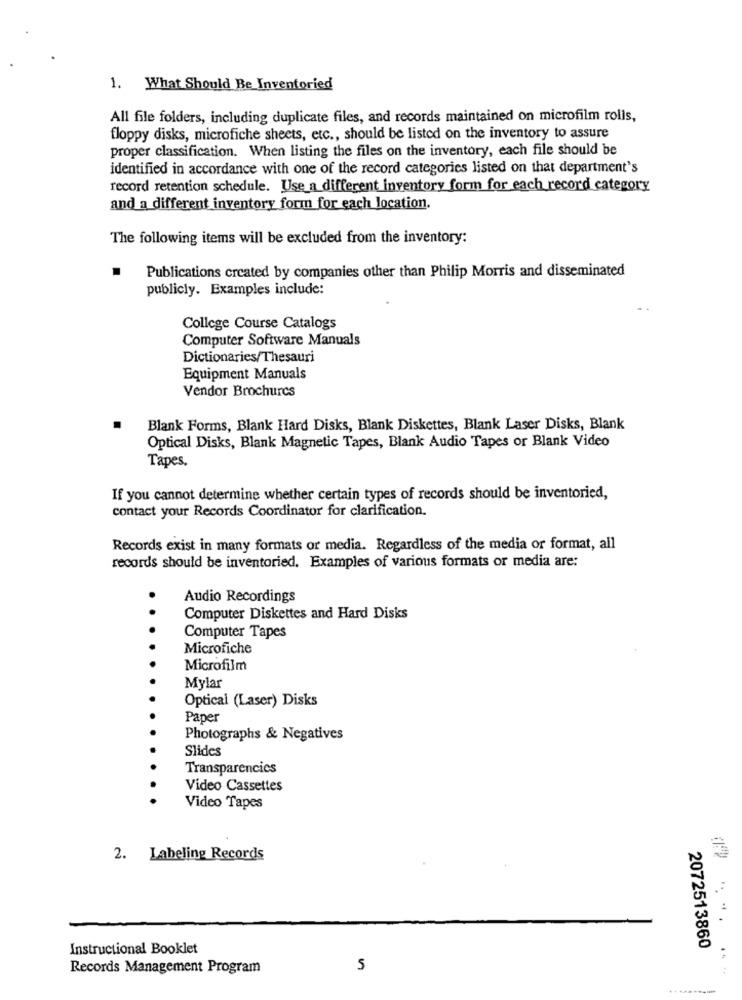
1. What Should Be Inventoried
All file folders, including duplicate files, and records maintained on microfilm rolls,
floppy disks, microfiche sheets, etc ., should be listed on the inventory to assure
proper classification. When listing the files on the inventory, each file should be
identified in accordance with one of the record categories listed on that department's
record retention schedule. Use_a different inventory form for each record category
and a different inventory form for each location.
The following items will be excluded from the inventory:
Publications created by companies other than Philip Morris and disseminated
publicly. Examples include:
College Course Catalogs
Computer Software Manuals
Dictionaries/Thesauri
Equipment Manuals
Vendor Brochures
Blank Forms, Blank Hard Disks, Blank Diskettes, Blank Laser Disks, Blank
Optical Disks, Blank Magnetic Tapes, Blank Audio Tapes or Blank Video
Tapes
If you cannot determine whether certain types of records should be inventoried,
contact your Records Coordinator for clarification.
Records exist in many formats or media. Regardless of the media or format, all
records should be inventoried. Examples of various formats or media are:
Audio Recordings
Computer Diskettes and Hard Disks
Computer Tapes
Microfiche
Microfilm
Mylar
Optical (Laser) Disks
Paper
Photographs & Negatives
Slides
Transparencies
Video Cassettes
Video Tapes
2. Labeling Records
.. ...
Instructional Booklet
2072513860
Records Management Program
5
....